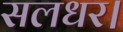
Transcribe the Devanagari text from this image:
सलधर।